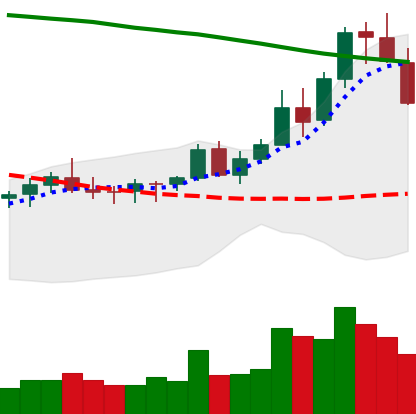
Ticker: XLM-USD
Chart end date: 2021-08-17
Forward return: 9.208%
Label: up_7plus